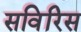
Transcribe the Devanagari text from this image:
सविरिस